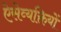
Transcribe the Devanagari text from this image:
ऐसेव्यक्तियों